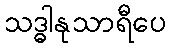
သဒ္ဓါနုသာရီပေ